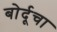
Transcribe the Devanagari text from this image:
बोर्दूचा